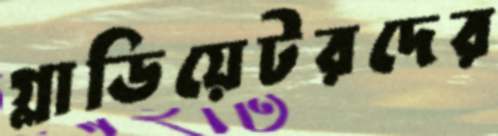
গ্লাডিয়েটরদের